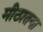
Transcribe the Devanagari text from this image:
मीठातगा